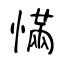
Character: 慲